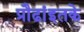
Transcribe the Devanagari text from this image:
प्रौढांइतके